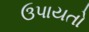
ઉપાયતો